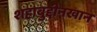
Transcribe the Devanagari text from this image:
शहाबुद्दीनखान